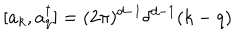
[ a _ { k } , a _ { q } ^ { \dagger } ] = ( 2 \pi ) ^ { d - 1 } \delta ^ { d - 1 } ( k - q )